Indian Civil Veterinary Department memoirs
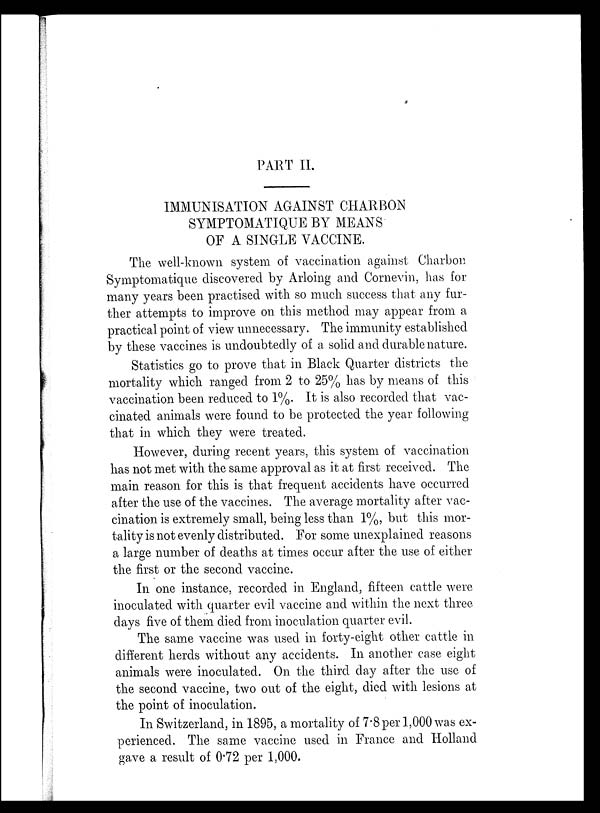
PART II.
IMMUNISATION AGAINST CHARBON
SYMPTOMATIQUE BY MEANS
OF A SINGLE VACCINE.
The well-known system of vaccination against Charbon
Symptomatique discovered by Arloing and Cornevin, has for
many years been practised with so much success that any fur-
ther attempts to improve on this method may appear from a
practical point of view unnecessary. The immunity established
by these vaccines is undoubtedly of a solid and durable nature.
Statistics go to prove that in Black Quarter districts the
mortality which ranged from 2 to 25% has by means of this
vaccination been reduced to 1%. It is also recorded that vac-
cinated animals were found to be protected the year following
that in which they were treated.
However, during recent years, this system of vaccination
has not met with the same approval as it at first received. The
main reason for this is that frequent accidents have occurred
after the use of the vaccines. The average mortality after vac-
cination is extremely small, being less than 1%, but this mor-
tality is not evenly distributed. For some unexplained reasons
a large number of deaths at times occur after the use of either
the first or the second vaccine.
In one instance, recorded in England, fifteen cattle were
inoculated with quarter evil vaccine and within the next three
days five of them died from inoculation quarter evil.
The same vaccine was used in forty-eight other cattle in
different herds without any accidents. In another case eight
animals were inoculated. On the third day after the use of
the second vaccine, two out of the eight, died with lesions at
the point of inoculation.
In Switzerland, in 1895, a mortality of 7.8 per 1,000 was ex-
perienced. The same vaccine used in France and Holland
gave a result of 0.72 per 1,000.